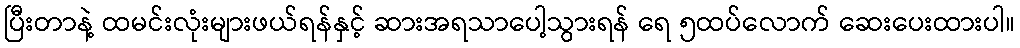
ပြီးတာနဲ့ ထမင်းလုံးများဖယ်ရန်နှင့် ဆားအရသာပေါ့သွားရန် ရေ ၅ထပ်လောက် ဆေးပေးထားပါ။